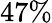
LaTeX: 47\%